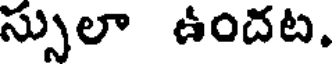
స్సులా ఉందట.